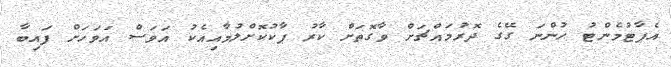
އެޕާޓުމެންޓު ހުންނަ ގޭގެ ދޮރުމައްޗަށް ވާގޮތަށް ކާރު ޕާކުކޮށްލުމާއިއެކު އަވަސް އަވަހަށް ފައިބާ